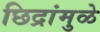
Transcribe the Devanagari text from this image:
छिद्रांमुळे